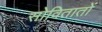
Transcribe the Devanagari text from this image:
सोवितातों